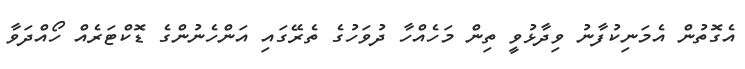
އެގޮތުން އެމަނިކުފާނު ވިދާޅުވީ ތިން މަހެއްހާ ދުވަހުގެ ތެރޭގައި އަންހެނުންގެ ޑޮކްޓަރެއް ހޯއްދަވާ